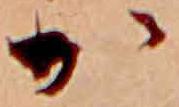
か